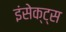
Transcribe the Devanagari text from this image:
इंसेक्ट्स